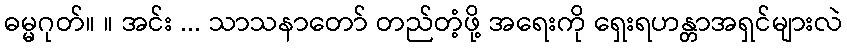
ဓမ္မဂုတ်။ ။ အင်း ... သာသနာတော် တည်တံ့ဖို့ အရေးကို ရှေးရဟန္တာအရှင်များလဲ